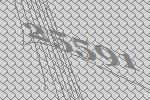
25591